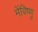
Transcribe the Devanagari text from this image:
मेंविष्णु